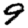
Digit: 9